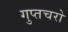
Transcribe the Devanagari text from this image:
गुप्‍तचरो